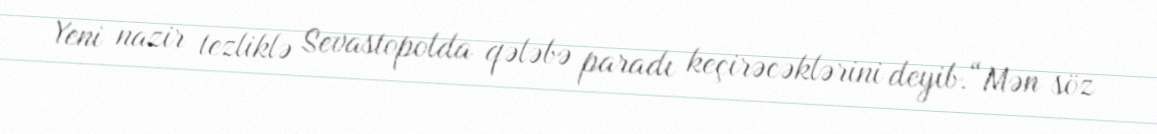
Yeni nazir tezliklə Sevastopolda qələbə paradı keçirəcəklərini deyib.“Mən söz